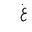
Letter: _gayn